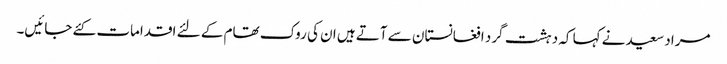
مراد سعید نے کہا کہ دہشت گرد افغانستان سے آتے ہیں ان کی روک تھام کے لئے اقدامات کئے جائیں۔